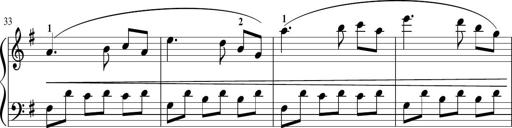
Title: Sonatina in G major
Composer: Friedrich Kuhlau
Key: G major